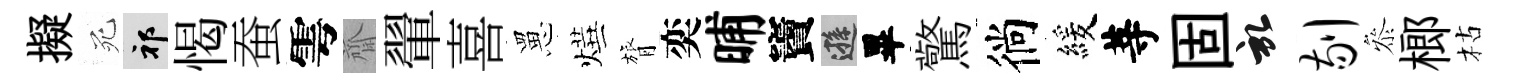
擬死祁愒蚕雩齋翬喜罳燁膂奕晡竇遜畢驚徜緩䓁固啓剔叅榔枯